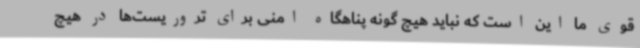
قوی ما این است که نباید هیچ گونه پناهگاه امنی برای تروریست‌ها در هیچ